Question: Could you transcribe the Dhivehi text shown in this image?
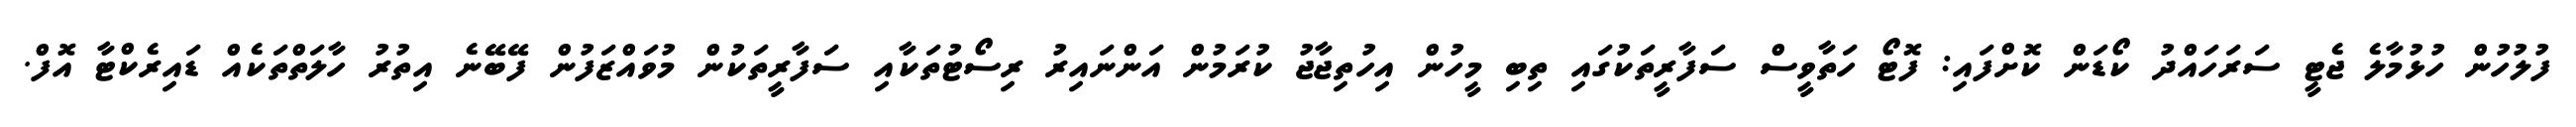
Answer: ފުލުހުން ހުޅުމާލެ ޖެޓީ ސަރަހައްދު ކޯޑަން ކޮށްފައި: ފޮޓޯ ހަތާވީސް ސަފާރީތަކުގައި ތިބި މީހުން އިހުތިޖާޖު ކުރަމުން އަންނައިރު ރިސޯޓުތަކާއި ސަފާރީތަކުން މުވައްޒަފުން ފޭބޭނެ އިތުރު ހާލަތްތަކެއް ޑައިރެކްޓާ އޮފް.